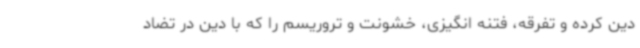
دین کرده و تفرقه، فتنه انگیزی، خشونت و تروریسم را که با دین در تضاد